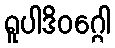
ရူပါဒိဝဂ္ဂေါ